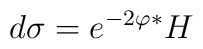
d\sigma = e^{-2\varphi} {^*}H